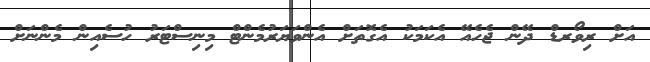
އަށް ރިވޯރޑް ދޭން ޖެހެއޭ އެކަމަކު އެގޮތަށް އެންވަޔަރުމެންޓް މިނިސްޓަރު ހުސެއިން މެންނަށް